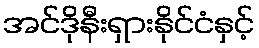
အင်ဒိုနီးရှားနိုင်ငံနှင့်